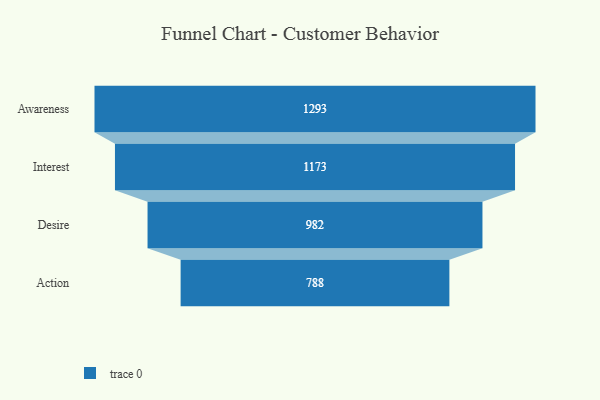
{"axis": {"x": "Stage", "y": "Value"}, "legend": [""], "data": [{"x": "Awareness", "y": 1293.0, "type": ""}, {"x": "Interest", "y": 1173.0, "type": ""}, {"x": "Desire", "y": 982.0, "type": ""}, {"x": "Action", "y": 788.0, "type": ""}]}